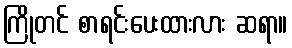
ကြိုတင် စာရင်းပေးထားလား ဆရာ။